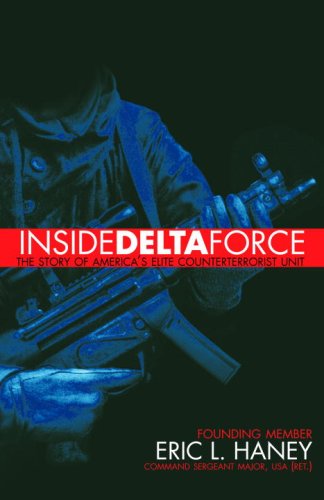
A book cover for Inside Delta Force; Eric Haney;; History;